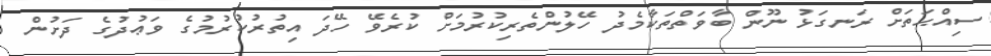
ސިއްޙަތަށް ރަނގަޅު ނޫން ބާވަތްތަކާމެދު ހޭލުންތެރިކުރުމަށް ކުރެވޭ ހޭދަ އިތުރުކުރުމުގެ ވަޢުދުގެ ދަށުން